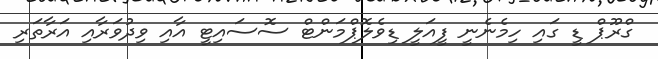
ގްރޫޕް ޑީ ގައި ހިމެނެނީ ފީއަލީ ޑިވެލޮޕްމަންޓް ސޮސައިޓީ އާއި ވިދުވަރާއި އަރާތަރި